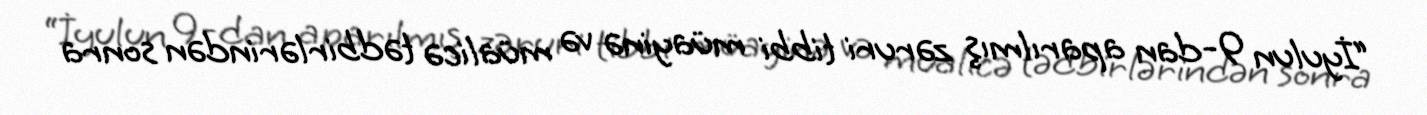
“İyulun 9-dan aparılmış zəruri tibbi müayinə və müalicə tədbirlərindən sonra